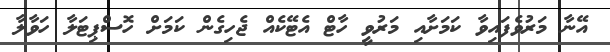
އޭނާ މަރުވެފައިވާ ކަމަށާއި މަރުވީ ހާޓް އެޓޭކެއް ޖެހިގެން ކަމަށް ހޮސްޕިޓަލާ ހަވާލާ